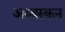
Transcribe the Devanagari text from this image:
अथ्बस्कन